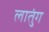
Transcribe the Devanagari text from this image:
लातुंग